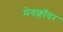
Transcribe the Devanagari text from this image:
मेयफ्लाॅवर